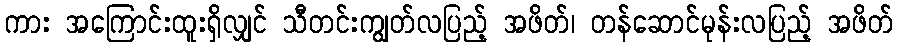
ကား အကြောင်းထူးရှိလျှင် သီတင်းကျွတ်လပြည့် အဖိတ်၊ တန်ဆောင်မုန်းလပြည့် အဖိတ်